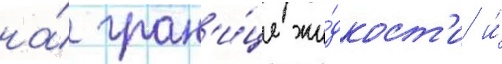
на́ гран'и́це жи́дкост'и и́